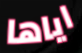
اياها